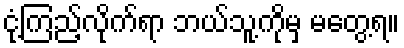
ငုံ့ကြည့်လိုက်ရာ ဘယ်သူ့ကိုမှ မတွေ့ရ။